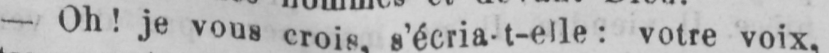
- Oh! je vous crois, s’écria-t-elle: votre voix,